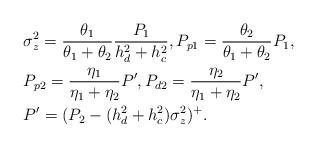
LaTeX: \begin{align*}& \sigma_z^2 = \frac{\theta_1}{\theta_1 + \theta_2}\frac{P_1}{h_d^2 + h_c^2}, P_{p1} = \frac{\theta_2}{\theta_1 + \theta_2}P_1, \\& P_{p2} = \frac{\eta_1}{\eta_1 + \eta_2}P', P_{d2} = \frac{\eta_2}{\eta_1 + \eta_2}P', \\& P' = (P_2 - (h_d^2 + h_c^2)\sigma_z^2)^{+}. \end{align*}